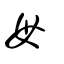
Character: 毋